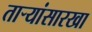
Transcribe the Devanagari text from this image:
तार्‍यांसारखा